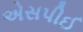
એસપીઈ